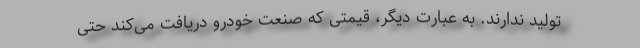
تولید ندارند. به عبارت دیگر، قیمتی که صنعت خودرو دریافت می‌کند حتی